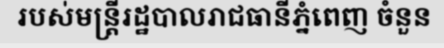
របស់មន្ត្រីរដ្ឋបាលរាជធានីភ្នំពេញ ចំនួន